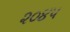
૨૦૪૫